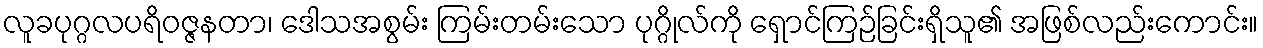
လူခပုဂ္ဂလပရိဝဇ္ဇနတာ၊ ဒေါသအစွမ်း ကြမ်းတမ်းသော ပုဂ္ဂိုလ်ကို ရှောင်ကြဉ်ခြင်းရှိသူ၏ အဖြစ်လည်းကောင်း။